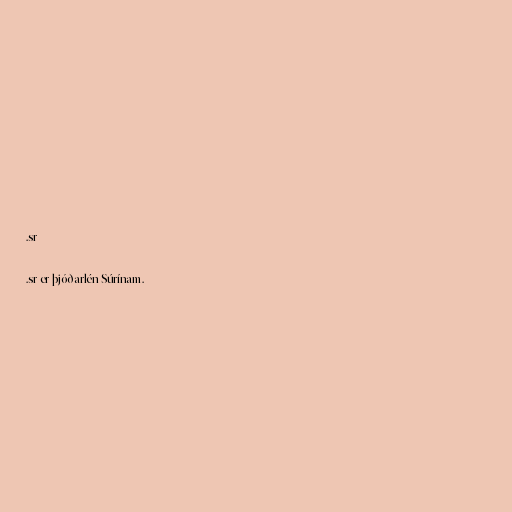
.sr

.sr er þjóðarlén Súrínam.